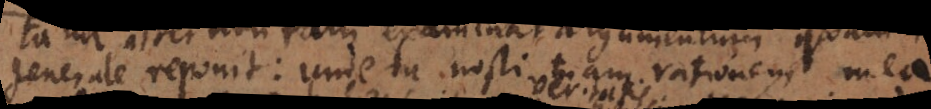
generale reponit: unde nosti tuam rationem mea